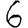
Digit: 6